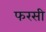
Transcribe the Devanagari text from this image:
फरसी